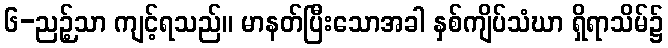
၆-ညဉ့်သာ ကျင့်ရသည်။ မာနတ်ပြီးသောအခါ နှစ်ကျိပ်သံဃာ ရှိရာသိမ်၌